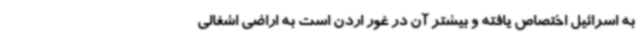
به اسرائیل اختصاص یافته و بیشتر آن در غور اردن است به اراضی اشغالی